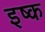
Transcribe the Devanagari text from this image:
इष्क